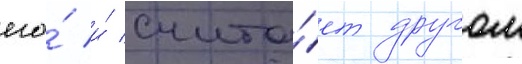
его́ и́ счита́ет другом